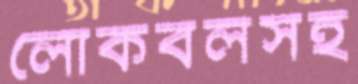
লোকবলসহ